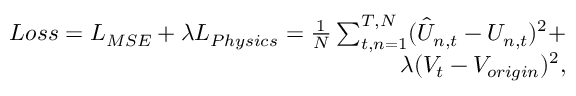
\begin{array} { r } { L o s s = L _ { M S E } + \lambda L _ { P h y s i c s } = \frac { 1 } { N } \sum _ { t , n = 1 } ^ { T , N } ( \hat { U } _ { n , t } - U _ { n , t } ) ^ { 2 } + } \\ { \lambda ( V _ { t } - V _ { o r i g i n } ) ^ { 2 } , } \end{array}